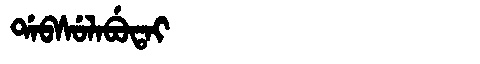
Manchu: ᡩᠠᠪᠰᡠᠯᠠᠪᡠᡨᠠᡳ
Romanization: DABSULABUTAI